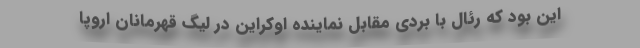
این بود که رئال با بردی مقابل نماینده اوکراین در لیگ قهرمانان اروپا